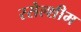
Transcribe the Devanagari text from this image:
रसेल्शीम